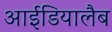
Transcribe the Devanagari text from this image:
आईडियालैब